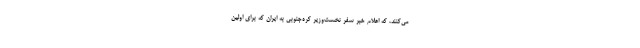
می‌کنند، که اعلام خبر سفر نخست‌وزیر کره‌جنوبی به ایران که برای اولین